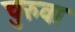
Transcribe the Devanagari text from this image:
चुरुवा